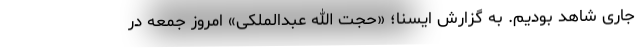
جاری شاهد بودیم. به گزارش ایسنا؛ «حجت الله عبدالملکی» امروز جمعه در